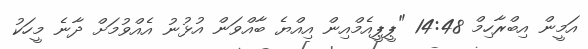
އަމީން އިބްރާހިމް 14:48 "ޕީޕީއެމްއިން އިއްޔެ ބާއްވަން އުޅުނު އެއްވުމަށް ދާނެ މީހަކު